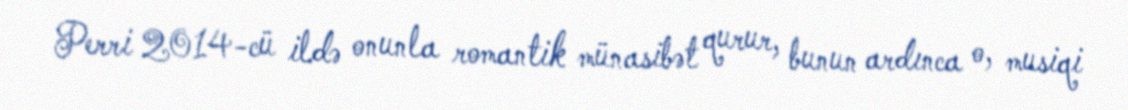
Perri 2014-cü ildə onunla romantik münasibət qurur, bunun ardınca o, musiqi